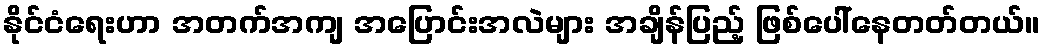
နိုင်ငံရေးဟာ အတက်အကျ အပြောင်းအလဲများ အချိန်ပြည့် ဖြစ်ပေါ်နေတတ်တယ်။